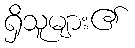
ရှိသူများ၏